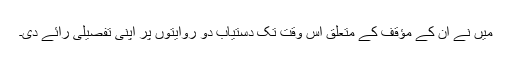
میں نے ان کے مؤقف کے متعلق اس وقت تک دستیاب دو روایتوں پر اپنی تفصیلی رائے دی۔